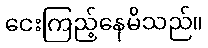
ငေးကြည့်နေမိသည်။